Annual vaccination report of Bihar and Orissa - 1911-1928
Year: 1911
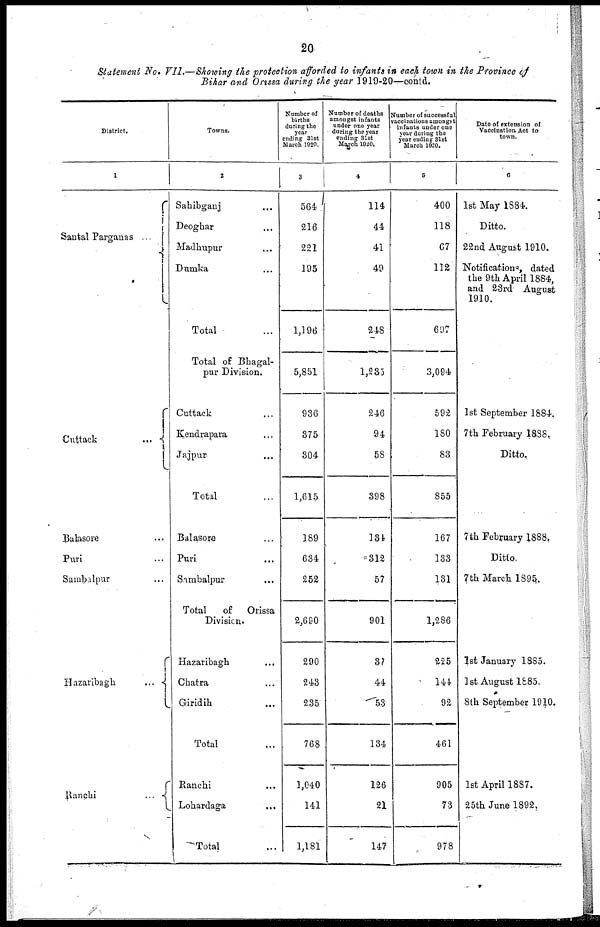
20
Statement No. VII.—Showing the protection afforded to infants in each town in the Province of
Bihar and Orissa during the year 1919-20—contd.
District.
1
Santal Parganas
...
Cuttack
...
Balasore ...
Puri ...
Sambalpur ...
Hazaribagh
...
Ranchi
...
Towns.
2
Sahibganj ...
Deoghar ...
Madhupur ...
Damka ...
Total ...
Total of Bhagal-
pur Division.
Cuttack ...
Kendrapara ...
Jajpur ...
Total ...
Balasore ...
Puri ...
Sambalpur ...
Total
of
Orissa
Division.
Hazaribagh ...
Chatra ...
Giridih ...
Total ...
Ranchi ...
Lohardaga
...
Total ...
Number of
births
during the
year
ending 31st
March 1920.
3
564
216
221
195
1,196
5,851
936
375
304
1,615
189
634
252
2,690
290
243
235
768
1,040
141
1,181
Number of deaths
amongst infants
under one year
during the year
ending 31st
March 1920.
4
114
44
41
49
248
1,235
246
94
58
398
134
312
57
901
37
44
53
134
126
21
147
Number of successful
vaccinations amongst
infants under one
year during the
year ending 31st
March 1920.
5
400
118
67
112
697
3,094
592
180
83
855
167
133
131
1,286
225
144
92
461
905
73
978
Date of extension of
Vaccination Act to
town.
6
1st May 1884.
Ditto.
22nd August 1910.
Notifications, dated
the 9th April 1884,
and 23rd August
1910.
1st September 1884.
7th February 1888.
Ditto.
7th February 1888.
Ditto.
7th March 1895.
1st January 1885.
1st August 1885.
8th September 1910.
1st April 1887.
25th June 1892.